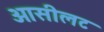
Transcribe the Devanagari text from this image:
ओसीलट